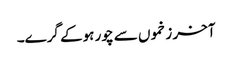
آخر زخموں سے چور ہوکے گرے۔